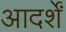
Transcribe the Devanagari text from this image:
आदर्शें